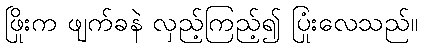
ဖြိုးက ဖျက်ခနဲ လှည့်ကြည့်၍ ပြုံးလေသည်။